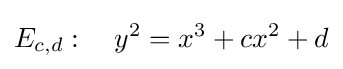
E_{c,d}:\quad y^{2}=x^{3}+cx^{2}+d